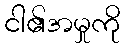
ငါ၏အမှုကို